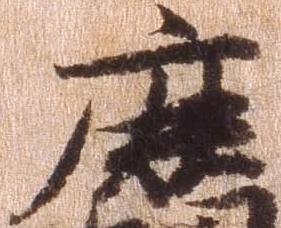
鹿